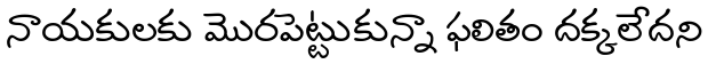
నాయకులకు మొరపెట్టుకున్నా ఫలితం దక్కలేదని